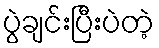
ပွဲချင်းပြီးပဲတဲ့